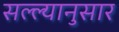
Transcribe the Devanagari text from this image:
सल्ल्‍यानुसार